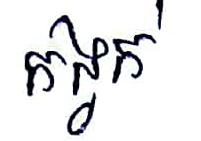
កង្វក់